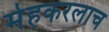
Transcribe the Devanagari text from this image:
मेहकरलाच